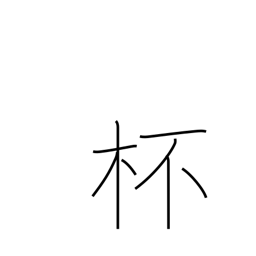
Meaning: glass